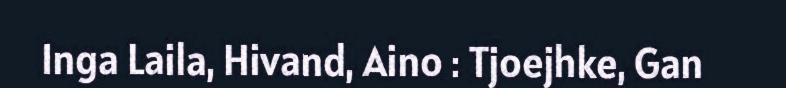
Inga Laila, Hivand, Aino : Tjoejhke, Gan